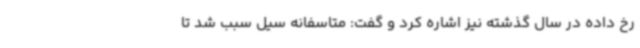
رخ داده در سال گذشته نیز اشاره کرد و گفت: متاسفانه سیل سبب شد تا